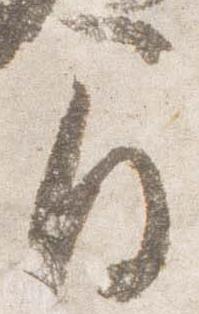
間